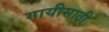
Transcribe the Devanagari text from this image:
गायीसाठी